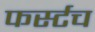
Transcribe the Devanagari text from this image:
फर्स्टच